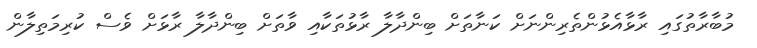
މުބާރާތުގައި ރާޅާއެޅުންތެރިންނަށް ކަނާތަށް ބިންދާލާ ރާޅުތަކާއި ވާތަށް ބިންދާލާ ރާޅަށް ވެސް ކުރިމަތިލާން